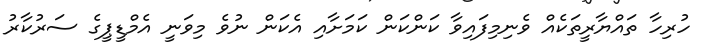
ހުރިހާ ތައްޔާރީތަކެއް ވެނިމިފައިވާ ކަންކަން ކަމަށާއި އެކަން ނުވެ މިވަނީ އެމްޑީޕީގެ ސަރުކާރު